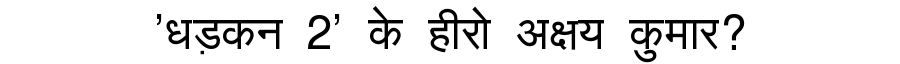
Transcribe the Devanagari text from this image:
'धड़कन 2' के हीरो अक्षय कुमार?